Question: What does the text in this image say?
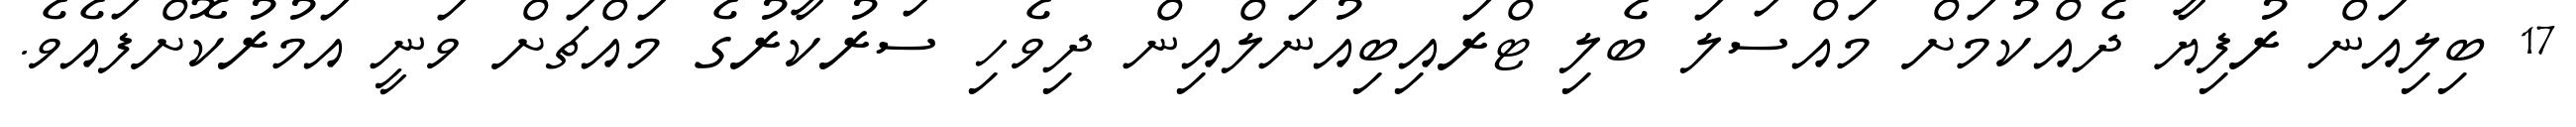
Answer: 17 ބިލިއަން ރުފިޔާ ދެއްކުމަށް މައްސަލަ ބެލި ޓްރައިބިއުނަލްއިން ދިވެހި ސަރުކާރުގެ މައްޗަށް ވަނީ އަމުރުކޮށްފައެވެ.